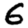
Digit: 6